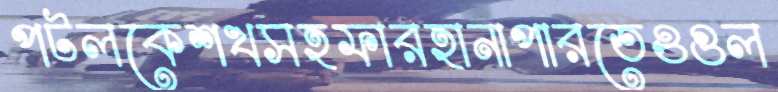
পটলকেশখসহফারহানাপারতেওগুল